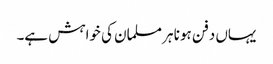
یہاں دفن ہونا ہر مسلمان کی خواہش ہے۔